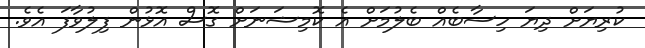
ކުރިޔަށް ދިޔަ ހިސާބެއް ބެލުމަށް އެ ކޮމިޝަނަށް ގޮސް އޮޅުން ފިލުވާފަ އެވެ.